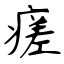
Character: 瘥